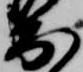
出